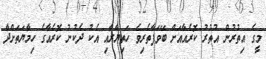
މީގެ އިތުރުން އުތުރު ކޮރެއާއަށް ބޭވަފާތެރިވެ ހަތިޔާރާއި އެކު ދެކުނު ކޮރެއާގެ ހިމާޔަތަށްދާ